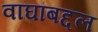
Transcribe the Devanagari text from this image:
वाघांबद्दल